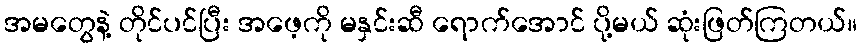
အမတွေနဲ့ တိုင်ပင်ပြီး အဖေ့ကို မနှင်းဆီ ရောက်အောင် ပို့မယ် ဆုံးဖြတ်ကြတယ်။